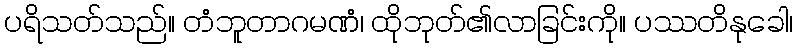
ပရိသတ်သည်။ တံဘူတာဂမဏံ၊ ထိုဘုတ်၏လာခြင်းကို။ ပဿတိနုခေါ၊